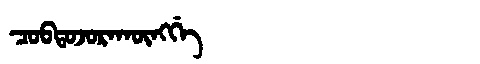
Manchu: ᠴᠣᠪᡨᠣᠵᠣᡵᠠᡴᡡᠩᡤᡝ
Romanization: COBTOJORAKŪNGGE